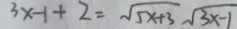
3 x - 1 + 2 = \sqrt { 5 x + 3 } \sqrt { 3 x - 1 }